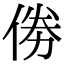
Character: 𠉮